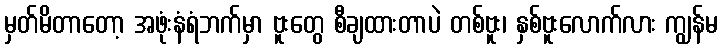
မှတ်မိတာတော့ အဖုံးနံရံဘက်မှာ ဗူးတွေ စီချထားတာပဲ တစ်ဗူး၊ နှစ်ဗူးလောက်လား ကျွန်မ